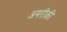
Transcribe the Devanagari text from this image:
अमरीकी